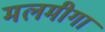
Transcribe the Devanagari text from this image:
मलमीगा